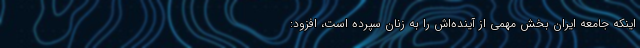
اینکه جامعه ایران بخش مهمی از آینده‌اش را به زنان سپرده است، افزود: